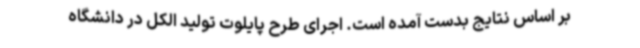
بر اساس نتایج بدست آمده است. اجرای طرح پایلوت تولید الکل در دانشگاه